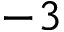
- 3